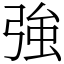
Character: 強